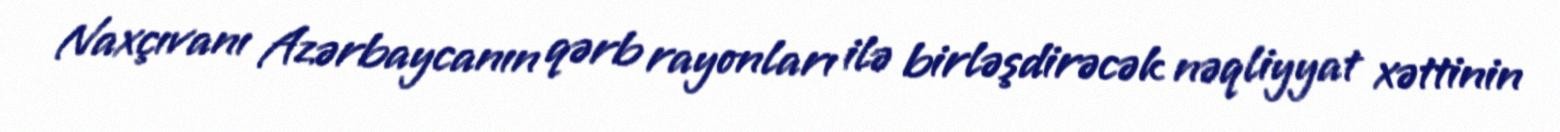
Naxçıvanı Azərbaycanın qərb rayonları ilə birləşdirəcək nəqliyyat xəttinin